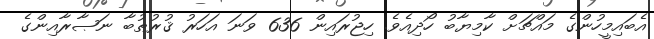
އެބައިމީހުންގެ މައްޗަށް ކާމިޔާބު ހޯދިއެވެ. ހިޖުރައިން 636 ވަނަ އަހަރު ޤުރުޠުބާ ނަޞާރާއިންގެ